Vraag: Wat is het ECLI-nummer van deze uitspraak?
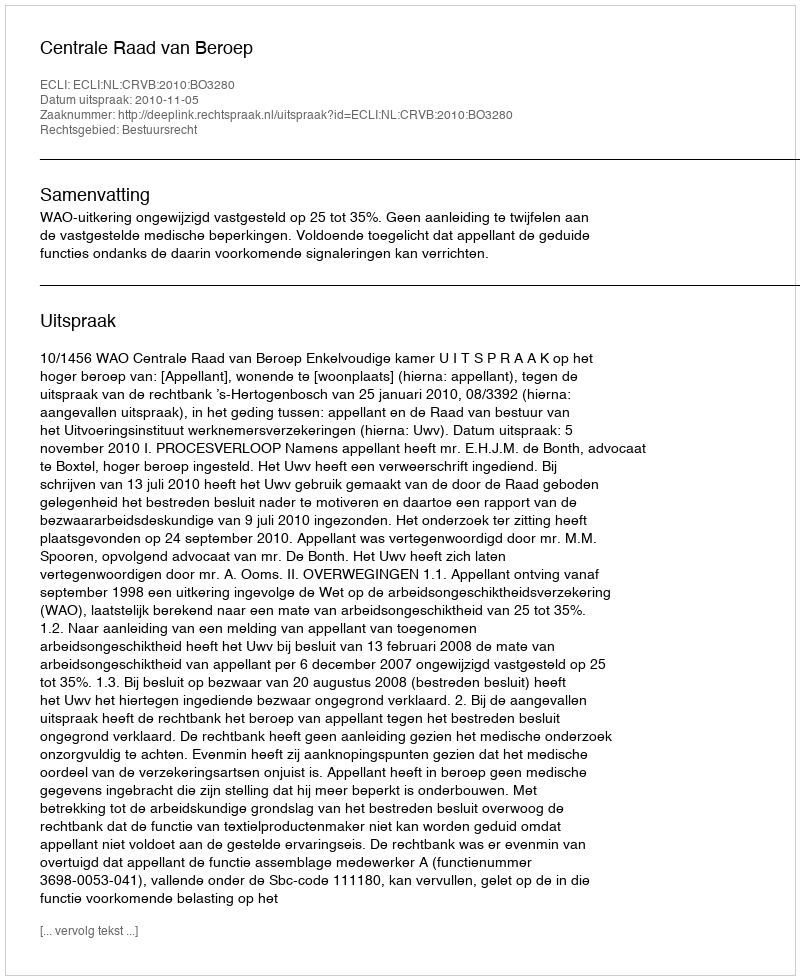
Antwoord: ECLI:NL:CRVB:2010:BO3280